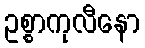
ဥစ္စာကုလီနော